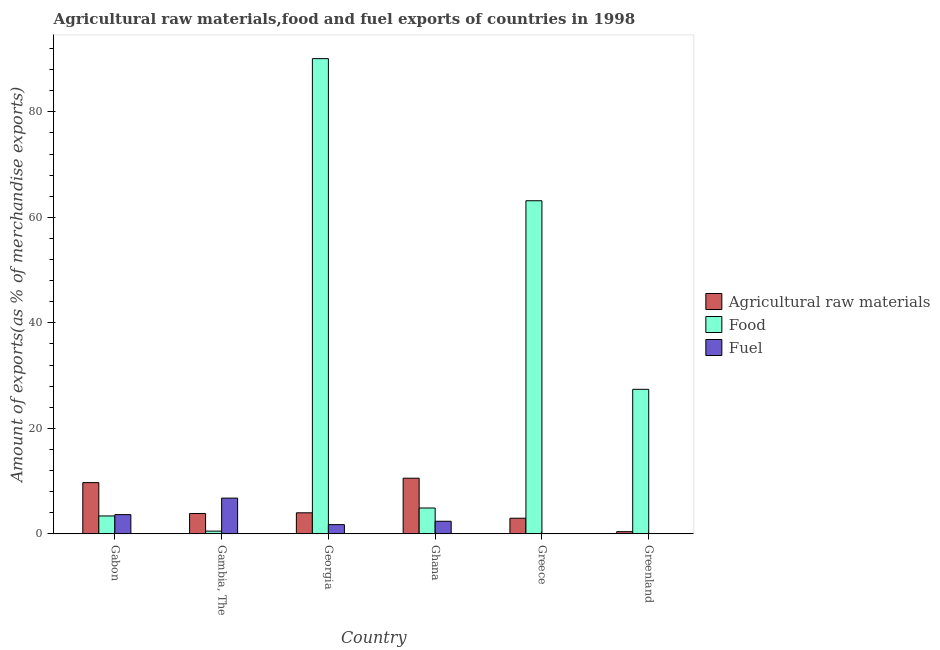
| Country | Agricultural raw materials | Food | Fuel |
 | --- | --- | --- | --- |
 | Gabon | 9.71 | 3.39 | 3.65 |
 | Gambia, The | 3.86 | 0.516 | 6.78 |
 | Georgia | 3.99 | 90.1 | 1.75 |
 | Ghana | 10.6 | 4.9 | 2.39 |
 | Greece | 2.96 | 63.1 | 0.0136 |
 | Greenland | 0.416 | 27.4 | 0.0567 |